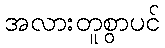
အလားတူစွာပင်